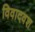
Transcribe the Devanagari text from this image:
विवादवश